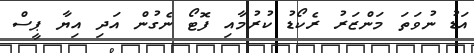
އަޑު ނުވަތަ މަންޒަރު ރެކޯޑު ކުރުމާއި ފޮޓޯ ނެގުން އަދި އިޔާ ޕީސް